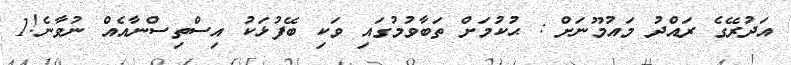
އަދުރޭގެ ރައްދު މައުމޫނަށް : ޙުކުމަށް ތަބާވުމުގައި ވަކި ބޭފުޅަކު އިސްތިސްނާއެއް ނުވާނެ!1